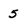
Character: 5